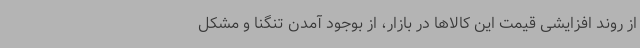
از روند افزایشی قیمت این کالاها در بازار، از بوجود آمدن تنگنا و مشکل